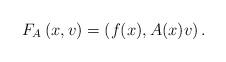
LaTeX: \begin{align*} F_A\left(x,v\right)=\left(f(x),A(x)v\right).\end{align*}